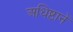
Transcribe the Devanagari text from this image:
अधिष्ठानें